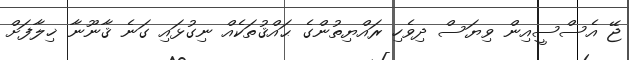
ޖޭ އެސްސީއިން ވިޔަސް ދިވެހި ރައްޔިތުންގެ ޙައްޤުތަކެއް ނިގުޅައި ގަނެ ޤާނޫނާ ޚިލާފަށް